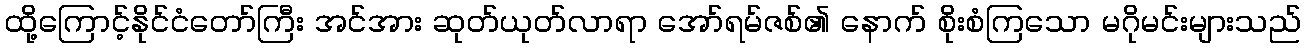
ထို့ကြောင့်နိုင်ငံတော်ကြီး အင်အား ဆုတ်ယုတ်လာရာ အော်ရမ်ဇစ်၏ နောက် စိုးစံကြသော မဂိုမင်းများသည်